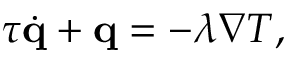
\begin{array} { r } { \tau \dot { \mathbf q } + \mathbf q = - \lambda \nabla T , } \end{array}